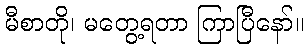
မီစာတို၊ မတွေ့ရတာ ကြာပြီနော်။